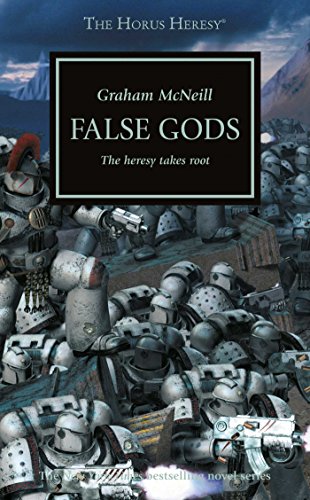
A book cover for False Gods (The Horus Heresy); Graham McNeill; Science Fiction & Fantasy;